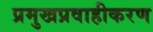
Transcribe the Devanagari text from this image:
प्रमुखप्रवाहीकरण